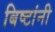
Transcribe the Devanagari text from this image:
बिष्टांनी